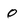
Character: 0